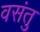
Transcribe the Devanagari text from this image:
वसंतु